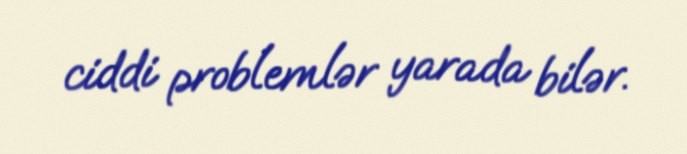
ciddi problemlər yarada bilər.